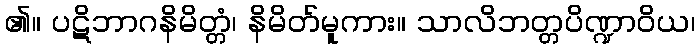
၏။ ပဋိဘာဂနိမိတ္တံ၊ နိမိတ်မူကား။ သာလိဘတ္တပိဏ္ဍာဝိယ၊